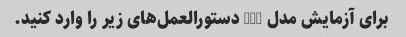
برای آزمایش مدل GPT دستورالعمل‌های زیر را وارد کنید.